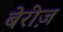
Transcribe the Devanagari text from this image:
बेरीज़